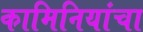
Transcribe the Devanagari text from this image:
कामिनियांचा